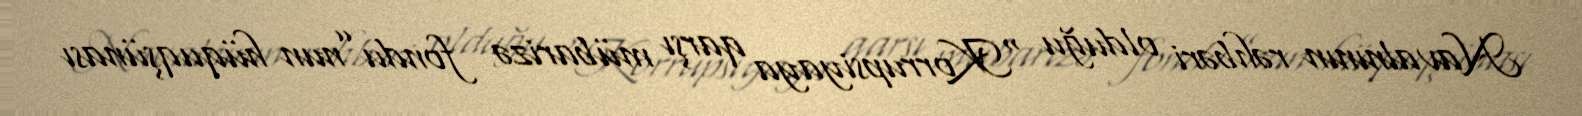
Navalnının rəhbəri olduğu “Korrupsiyaya qarşı mübarizə fondu”nun hüquqşünası